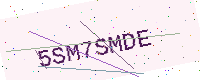
Text: 5SM7SMDE